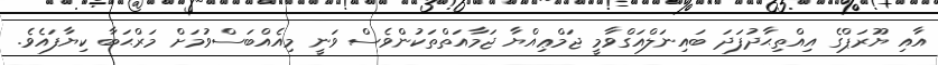
އާއި ޔޫރަޕްގެ އިއްތިޙާދުފަދަ ބައިނަލްއަގްވާމީ ޖަމްޢިއްޔާ ޖަމާއަތްތަކުންވެސް ވަނީ މިއެއްބަސްވުމަށް މަރްޙަބާ ކިޔާފައެވެ.